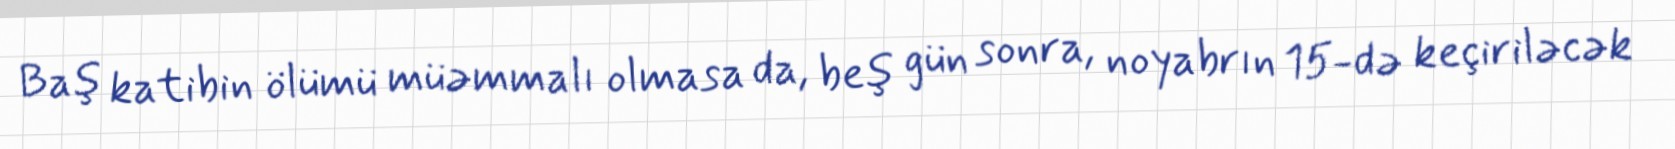
Baş katibin ölümü müəmmalı olmasa da, beş gün sonra, noyabrın 15-də keçiriləcək